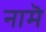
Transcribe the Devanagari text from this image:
नामॆ